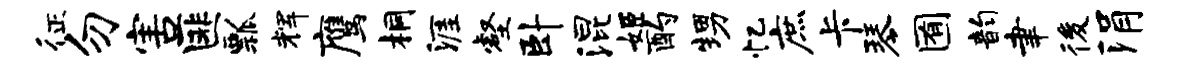
征勿害匪瓢辉鹰桐涯壑卧混姬酌甥忆庶卡琴囿韵聿後涓